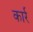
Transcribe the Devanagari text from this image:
कार्र